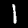
Label: 1